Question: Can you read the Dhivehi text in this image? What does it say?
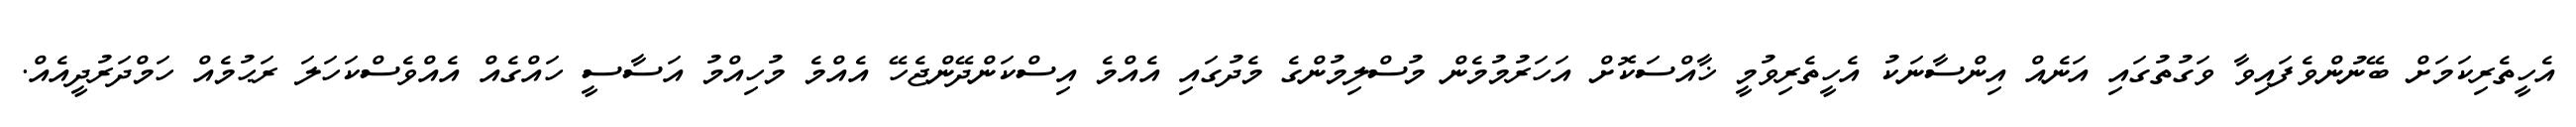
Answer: އެހީތެރިކަމަށް ބޭނުންވެފައިވާ ވަގުތުގައި އަނެއް އިންސާނަކު އެހީތެރިވުމީ ޚާއްސަކޮށް އަހަރުމުމެން މުސްލިމުންގެ މެދުގައި އެއްމެ އިސްކަންދޭންޖެހޭ އެއްމެ މުހިއްމު އަސާސީ ހައްގެއް އެއްވެސްކަހަލަ ރަޙުމެއް ހަމްދަރުދީއެއް.